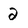
Character: 2